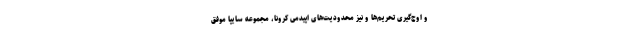
و اوج‌گیری تحریم‌ها و نیز محدودیت‌های اپیدمی کرونا، مجموعه سایپا موفق